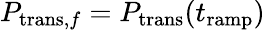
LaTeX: P_{\mathrm{trans},f}=P_{\mathrm{trans}}(t_{\mathrm{ramp}})